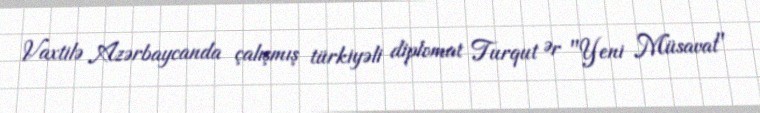
Vaxtilə Azərbaycanda çalışmış türkiyəli diplomat Turqut Ər "Yeni Müsavat"